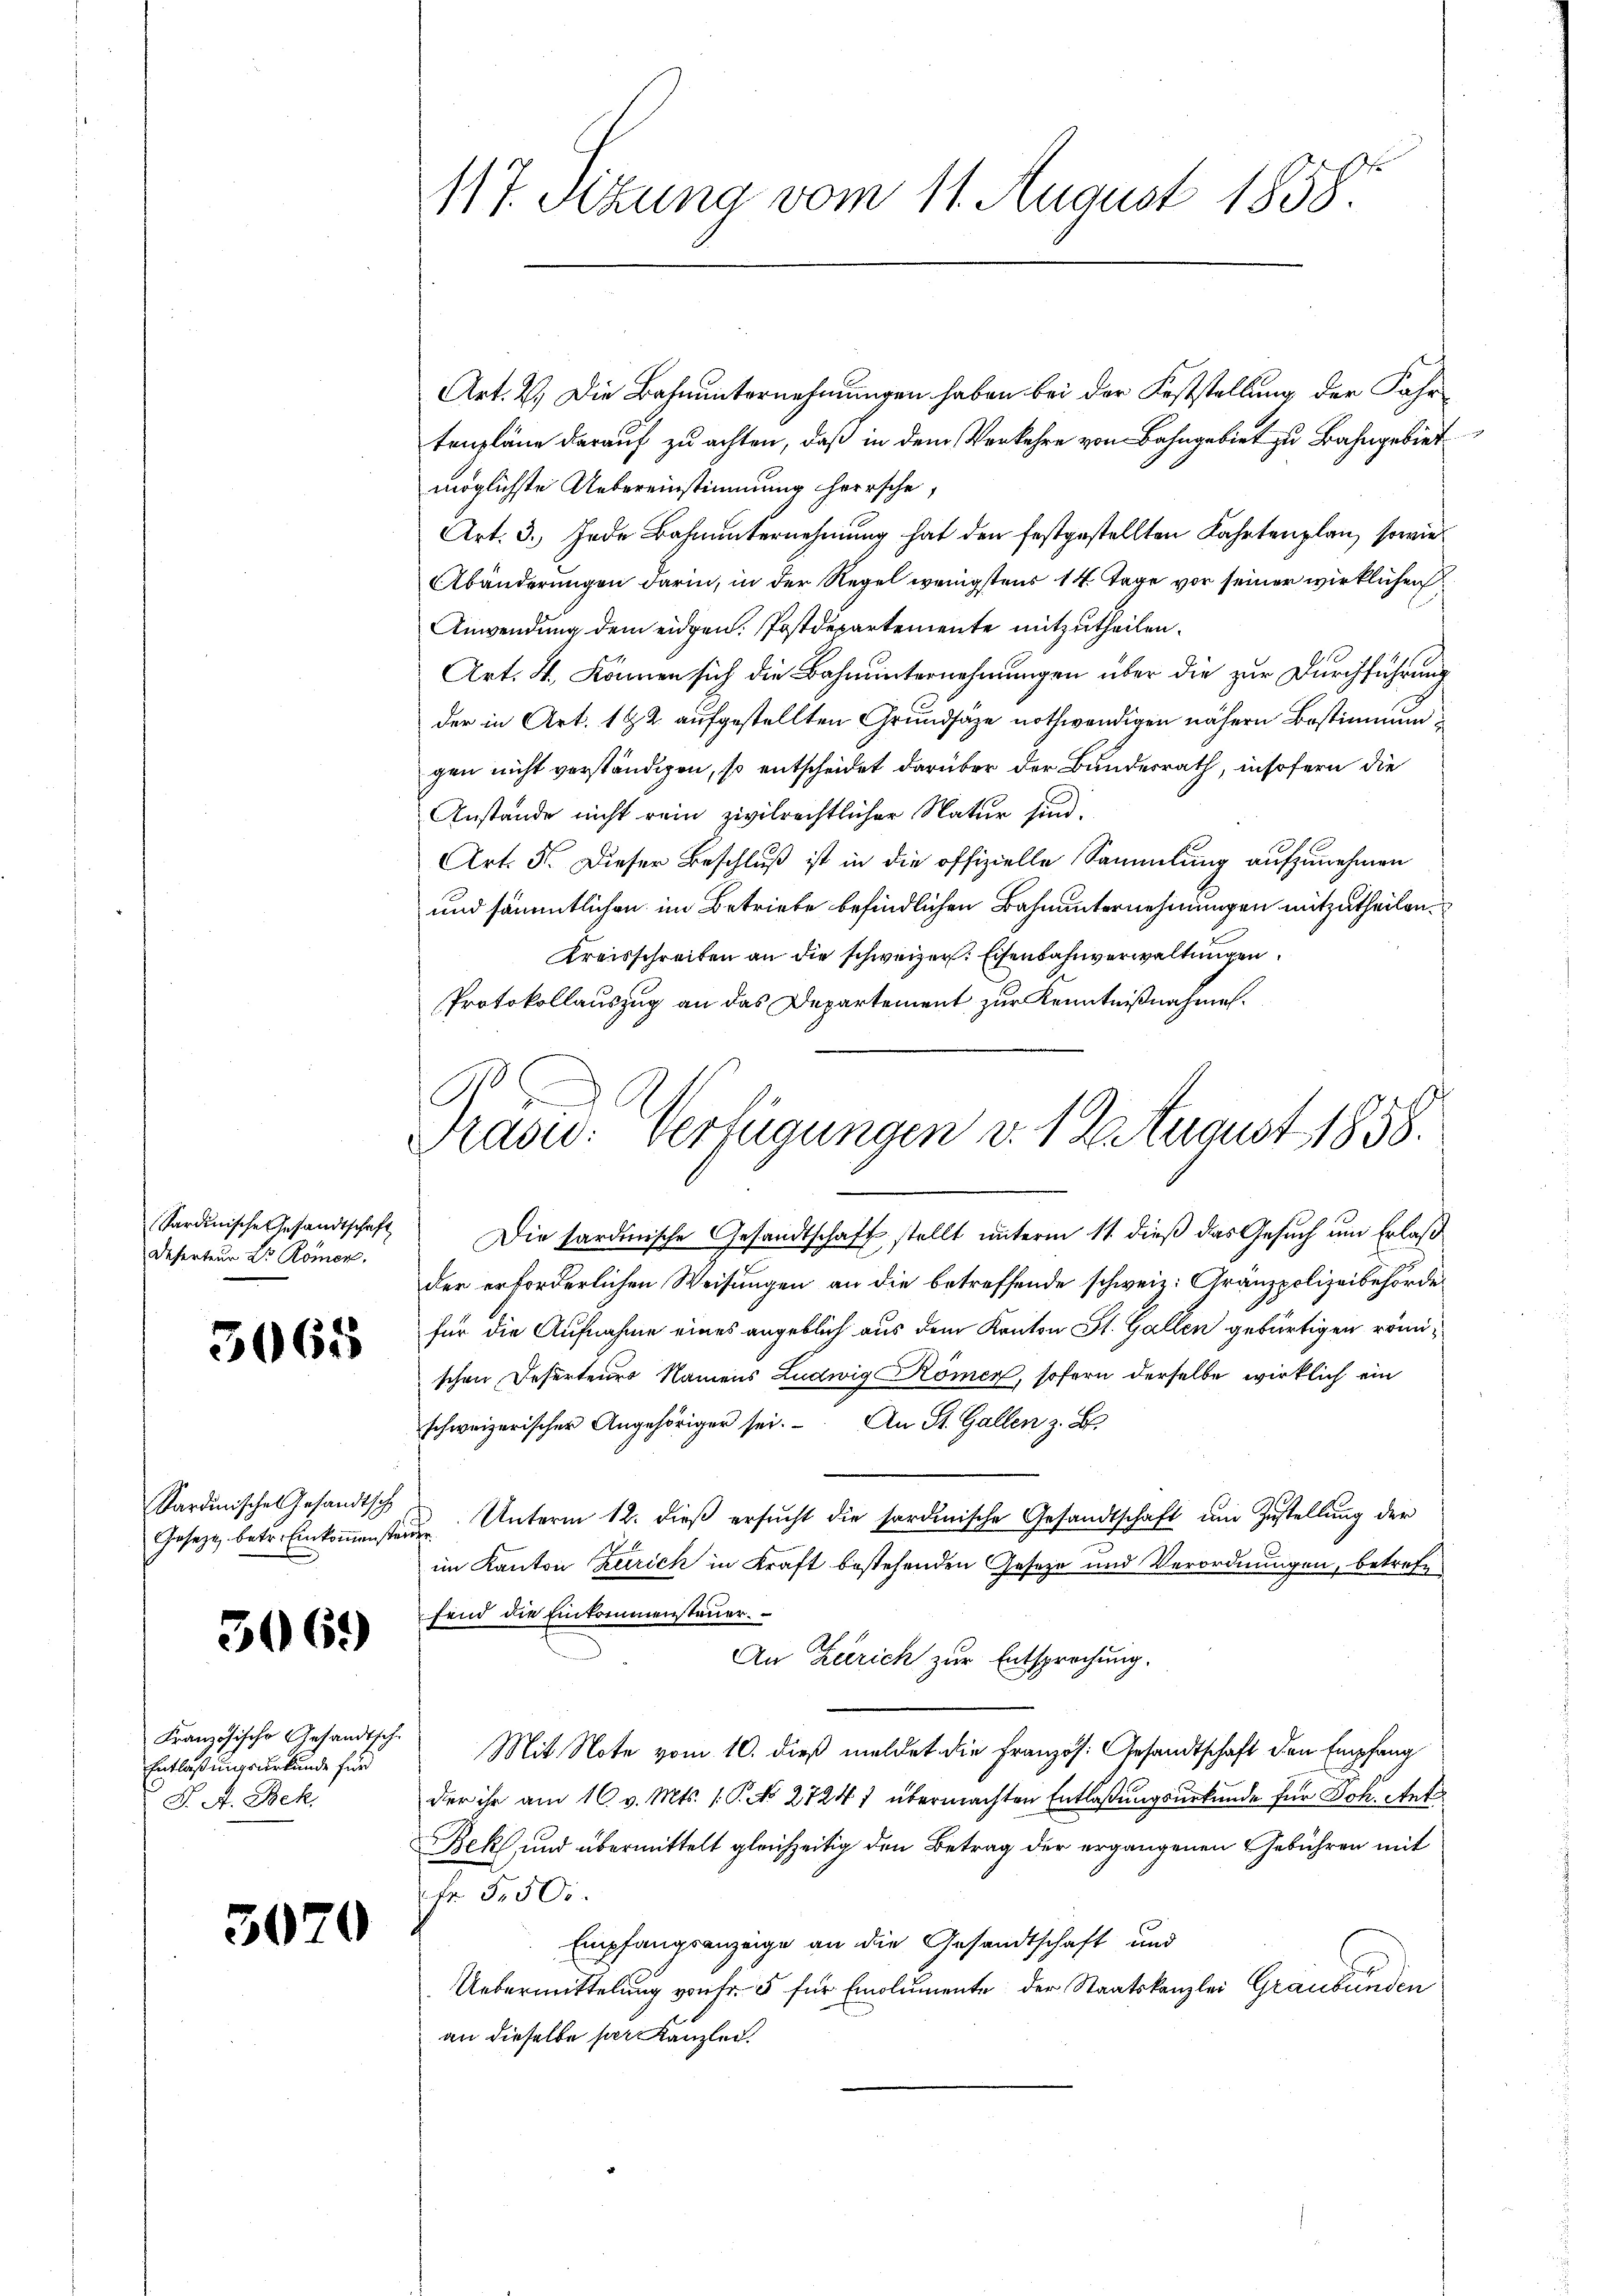
117. Sekung vom 11. August 1858.

Art. 2.) Die Bahnunternehmungen haben bei der Feststellung der Fahrtenpläne darauf zu achten, daß in dem Verkehre von Bahngebiet zu Bahngebiet
möglichste Uebereinstimmung herrsche,
Art. 3.) Jede Bahnunternehmung hat den festgestellten Fahrtenplan, sowie
Abänderungen darin, in der Regel wenigstens 14 Tage vor seiner wirklichen
Anwendung dem eidgen. Postdepartemente mitzutheilen.
Art. 4., können sich die Bahnunternehmungen über die zur Durchführung
der in Art. 192 aufgestellten Grundsätze nothwendigen nähern Bestimmung
gen nicht verständigen, so entscheidet darüber der Bundesrath, insofern die
Anstande nicht rein zivilrechtlicher Natur sind.
Art. 5. Dieser Beschluß ist in die offizielle Sammlung aufzunehmen
und sämmtlichen im Betriebe befindlichen Bahnunternehmungen mitzutheilen.
Kreisschreiben an die schweizer. Eisenbahnverwaltungen
Protokollauszug an das Departement zur Kenntnißnahme.

.
Prasw: Verfügungen d. 1 Stuaust 1858.
u

Die Sardinische Gesandtschaft stellt unterm 11. dieß das Gesuch um Erlaß
der erforderlichen Weisungen an die betreffende schweiz. Gränzpolizeibehörde
für die Aufnahme eines angeblich aus dem Kanton St. Gallen gebürtigen römischen Deserteurs Namens Ludwig Kömer, sofern derselbe wirklich ein
schweizerischer Angehöriger sei. An St. Gallen z. B.
 Unterm 12. dieß ersucht die sordinische Gesandtschaft um Zustellung der
im Kanton Zürich in Kraft bestehenden Geseze und Verordnungen, betrefefend die Einkommensteuer.
An Zürich zur Entsprechung.
Mit Note vom 10. dieß meldet die Französ. Gesandtschaft den Empfang
der ihr am 16. v. Mts. 1. P. No 27241 übermachten Entlaßungsurkunde für Sch. Ant
Beks und übermittelt gleichzeitig den Betrag der ergangenen Gebühren mit
Fr. 5500.
Empfangsanzeige an die Gesandtschaft und
Uebermittelung von Fr. 5 für Emolumente der Staatskanzlei Graubünden
an dieselbe per Kanzlei.

Sardinische Gesandtschaft
Deferteur Dr Römer.

3065

Sardinische Gesandtsch
Gesetze betr. Einkommenste

3069)

Französische Gesandtsch
Entlaßungsurkunde für
J. A. Bek.

3070